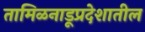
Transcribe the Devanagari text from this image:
तामिळनाडूप्रदेशातील